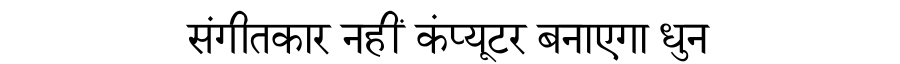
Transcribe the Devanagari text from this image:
संगीतकार नहीं कंप्यूटर बनाएगा धुन